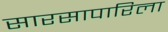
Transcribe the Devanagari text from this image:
सारसापारिला